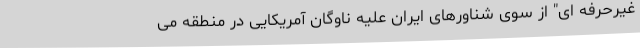
غیرحرفه ای" از سوی شناورهای ایران علیه ناوگان آمریکایی در منطقه می